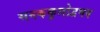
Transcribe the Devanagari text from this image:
सनककुलोद्वभव